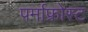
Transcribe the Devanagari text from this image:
पर्माफ्रोस्ट